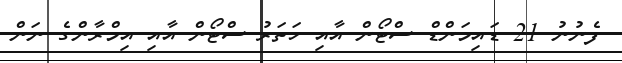
ފެނުނު 21 ޑައިމަންޑް ސްޓޯން އާއި ހަތަރު ސްޓޯން އާއި އިމްރާންގެ ނަން